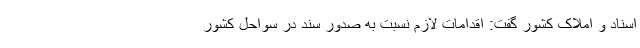
اسناد و املاک کشور گفت: اقدامات لازم نسبت به صدور سند در سواحل کشور